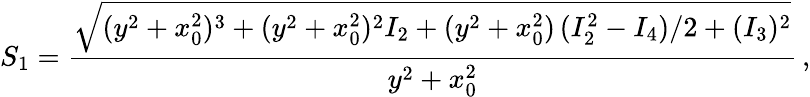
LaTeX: S_{1}=\frac{\sqrt{(y^{2}+x_{0}^{2})^{3}+(y^{2}+x_{0}^{2})^{2}I_{2}+(y^{2}+x_{0}^{2})\, (I_{2}^{2}-I_{4})/2+(I_{3})^{2}}}{y^{2}+x_{0}^{2}}\, ,